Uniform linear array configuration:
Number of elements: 48
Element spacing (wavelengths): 1
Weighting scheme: hann
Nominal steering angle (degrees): -15
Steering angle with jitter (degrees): -14.439
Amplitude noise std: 0.05
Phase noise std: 0.05

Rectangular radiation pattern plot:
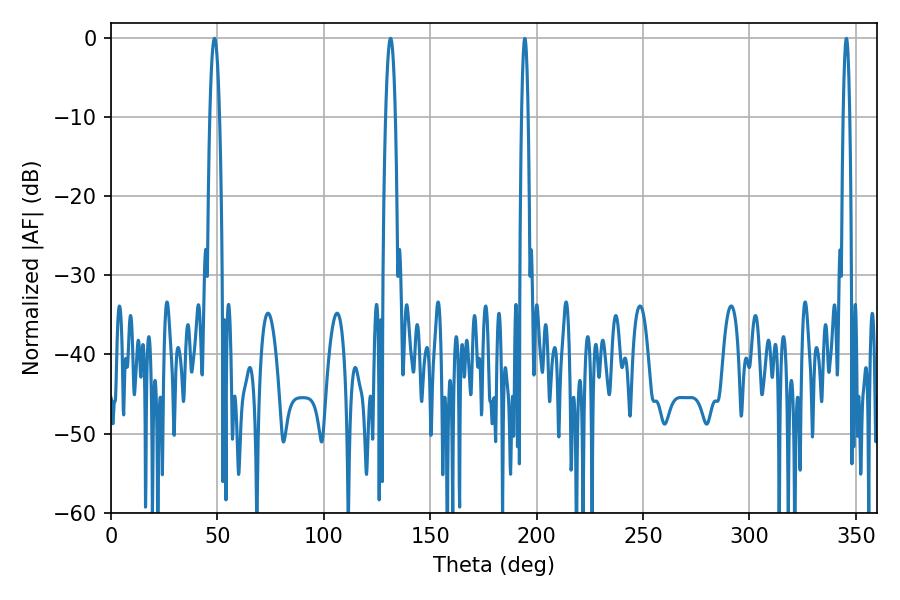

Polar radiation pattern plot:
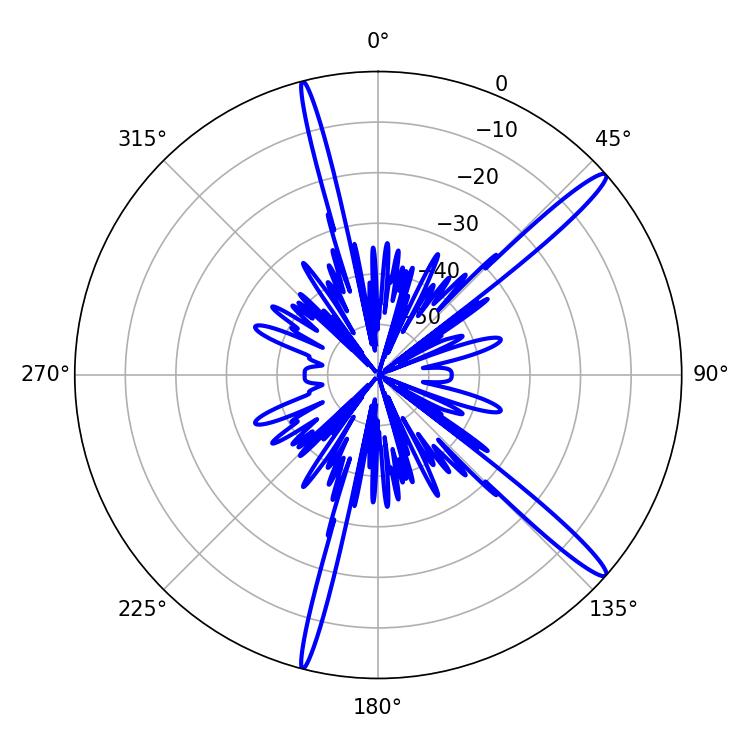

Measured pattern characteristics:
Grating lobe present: TRUE
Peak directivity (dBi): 15.54
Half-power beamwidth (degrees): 2.52
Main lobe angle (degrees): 48.6